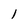
Character: 1